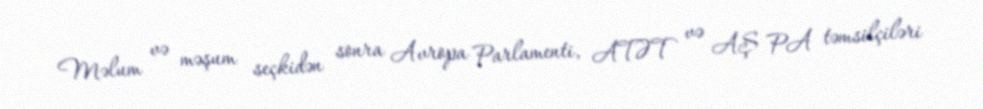
Məlum və məşum seçkidən sonra Avropa Parlamenti, ATƏT və AŞ PA təmsilçiləri